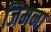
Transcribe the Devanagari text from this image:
जिमना